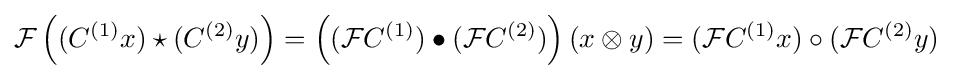
{\mathcal {F}}\left((C^{(1)}x)\star (C^{(2)}y)\right)=\left(({\mathcal {F}}C^{(1)})\bullet ({\mathcal {F}}C^{(2)})\right)(x\otimes y)=({\mathcal {F}}C^{(1)}x)\circ ({\mathcal {F}}C^{(2)}y)